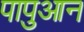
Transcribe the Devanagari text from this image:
पापुआन